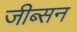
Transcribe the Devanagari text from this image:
जीब्सन